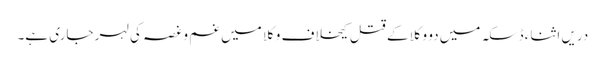
دریں اثناء ڈسکہ میں دو وکلا کے قتل کیخلاف وکلا میں غم و غصہ کی لہر جاری ہے۔